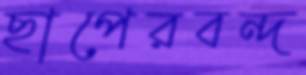
ছাপেরবন্দ